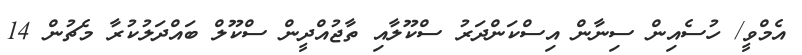
އެމްވީ/ ހުސެއިން ސިނާން އިސްކަންދަރު ސްކޫލާއި ތާޖުއްދީން ސްކޫލް ބައްދަލުކުރާ މެޗުން 14